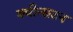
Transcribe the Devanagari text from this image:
क्वीन्सटन